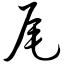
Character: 尾